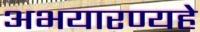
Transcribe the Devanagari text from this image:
अभयारण्यहे